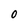
Character: 0